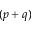
( p + q )